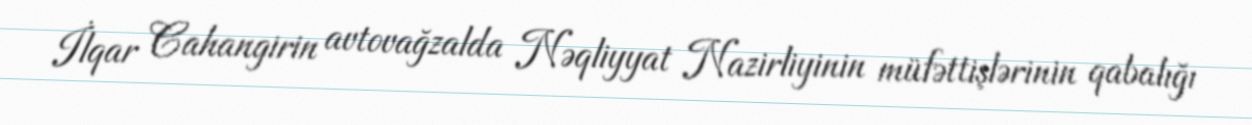
İlqar Cahangirin avtovağzalda Nəqliyyat Nazirliyinin müfəttişlərinin qabalığı